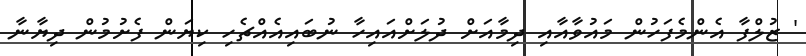
' ޒުލްފާ އެންމެފަހުން މައުވާއާއި ދިމާއަށް ދުލަށްއައިހާ ނުބައިއެއްޗެހި ކިޔަން ފެށުމުން ދިޔާނާ